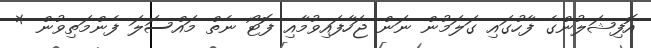
އޮފިޝަލުންގެ ފާހުގައި ގަލަމުން ނަން ޖަހާފައިވުމާއި ފޮޓޯ ނެތް މައްސަލަ ފެންމަތިވުން *